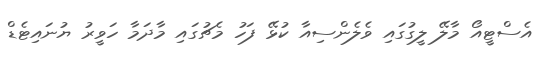
އެސްޓީއޯ މާލޭ ލީގުގައި ވެލެންސިއާ ކުޅޭ ފަހު މެޗުގައި މާދަމާ ހަވީރު ޔުނައިޓެޑް